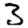
Digit: 3